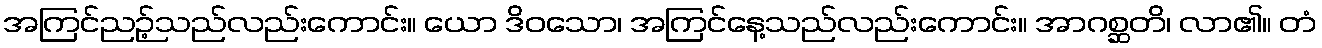
အကြင်ညဉ့်သည်လည်းကောင်း။ ယော ဒိဝသော၊ အကြင်နေ့သည်လည်းကောင်း။ အာဂစ္ဆတိ၊ လာ၏။ တံ